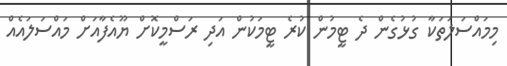
މިމައްސަލަތަކާ ގުޅުގެން ދެ ޓީމުން ކުރެ ޓީމަކުން އަދި ރަސްމީކޮށް ޔޫއެފާއަށް މައްސަލައެއް